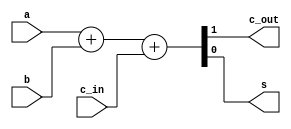
// one bit full adder
`timescale 1ns/10ps
module full_add (
	a,
	b,
	c_in,
	c_out,
	s
);
	input	a;
	input	b;
	input	c_in;
	output	c_out;
	output	s;
	
	reg c_out, s;
	
always @ (a,b,c_in)
	begin
		// s = a ^ b ^ c_in; // ^xor
		// c_out = (a & c_in) | (b & c_in) | (a & b); 
		{c_out,s} = a + b + c_in;
	end
endmodule